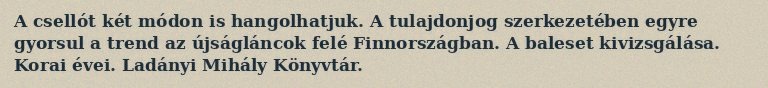
A csellót két módon is hangolhatjuk. A tulajdonjog szerkezetében egyre gyorsul a trend az újságláncok felé Finnországban. A baleset kivizsgálása. Korai évei. Ladányi Mihály Könyvtár.